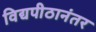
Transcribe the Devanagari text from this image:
विद्यपीठानंतर